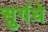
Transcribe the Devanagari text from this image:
सुगंधे